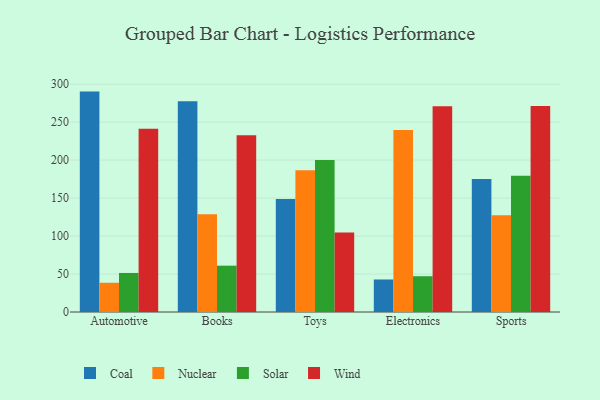
{"axis": {"x": "Category", "y": "Humidity (%)"}, "legend": ["Coal", "Nuclear", "Solar", "Wind"], "data": [{"x": "Automotive", "y": 290.2, "type": "Coal"}, {"x": "Automotive", "y": 38.5, "type": "Nuclear"}, {"x": "Automotive", "y": 51.4, "type": "Solar"}, {"x": "Automotive", "y": 241.3, "type": "Wind"}, {"x": "Books", "y": 277.5, "type": "Coal"}, {"x": "Books", "y": 128.6, "type": "Nuclear"}, {"x": "Books", "y": 61.0, "type": "Solar"}, {"x": "Books", "y": 232.6, "type": "Wind"}, {"x": "Toys", "y": 148.8, "type": "Coal"}, {"x": "Toys", "y": 186.7, "type": "Nuclear"}, {"x": "Toys", "y": 200.3, "type": "Solar"}, {"x": "Toys", "y": 104.7, "type": "Wind"}, {"x": "Electronics", "y": 42.8, "type": "Coal"}, {"x": "Electronics", "y": 239.8, "type": "Nuclear"}, {"x": "Electronics", "y": 47.1, "type": "Solar"}, {"x": "Electronics", "y": 270.8, "type": "Wind"}, {"x": "Sports", "y": 175.2, "type": "Coal"}, {"x": "Sports", "y": 127.3, "type": "Nuclear"}, {"x": "Sports", "y": 179.4, "type": "Solar"}, {"x": "Sports", "y": 271.1, "type": "Wind"}]}